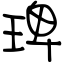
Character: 琕